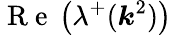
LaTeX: \mathrm{~R~e~}\left(\lambda^{+}(\boldsymbol{k}^{2})\right)